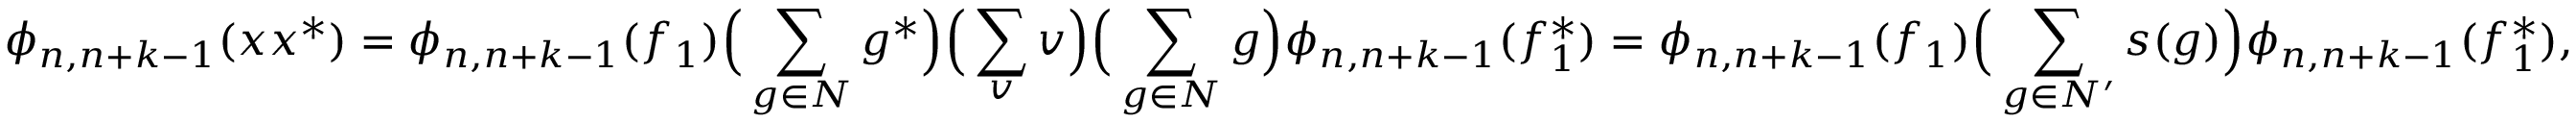
\phi _ { n , n + k - 1 } ( x x ^ { * } ) = \phi _ { n , n + k - 1 } ( f _ { 1 } ) \Big ( \sum _ { g \in N } g ^ { * } \Big ) \Big ( \sum _ { v } v \Big ) \Big ( \sum _ { g \in N } g \Big ) \phi _ { n , n + k - 1 } ( f _ { 1 } ^ { * } ) = \phi _ { n , n + k - 1 } ( f _ { 1 } ) \Big ( \sum _ { g \in N ^ { \prime } } s ( g ) \Big ) \phi _ { n , n + k - 1 } ( f _ { 1 } ^ { * } ) ,